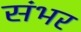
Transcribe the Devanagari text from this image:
संभर